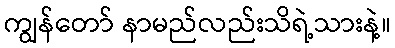
ကျွန်တော် နာမည်လည်းသိရဲ့သားနဲ့။